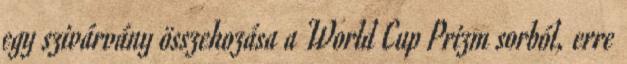
egy szivárvány összehozása a World Cup Prizm sorból, erre